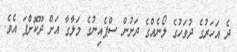
ދެ އަހަރުގެ ދުވަހުގެ ލޯނެއްގެ ދަށުން ސްޕެއިނުގެ މަލާގާ އަށް ދޫކޮށްފަ އެވެ.